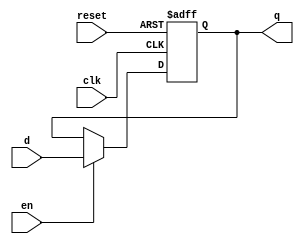
`timescale 1ns / 1ps
//////////////////////////////////////////////////////////////////////////////////
// Company: 
// 
// Design Name: 
// Module Name: flopr
// Project Name: 
// Target Devices: 
// Tool Versions: 
// Description: Parameterized D Register
// 
// Dependencies: 
// 
// Revision:
// Revision 0.01 - File Created
// Additional Comments:
// 
//////////////////////////////////////////////////////////////////////////////////


module flopenr #(parameter WIDTH = 8)
(
input clk, reset,
input en,
input      [WIDTH - 1:0] d,
output reg [WIDTH - 1:0] q
);

//asynchronous, active HIGH reset with enable input
    always @ (posedge clk, posedge reset)
    begin
        if (reset)
            q <= 0;
        else if (en)
            q <= d;
        else
            q <= q;
    end
endmodule